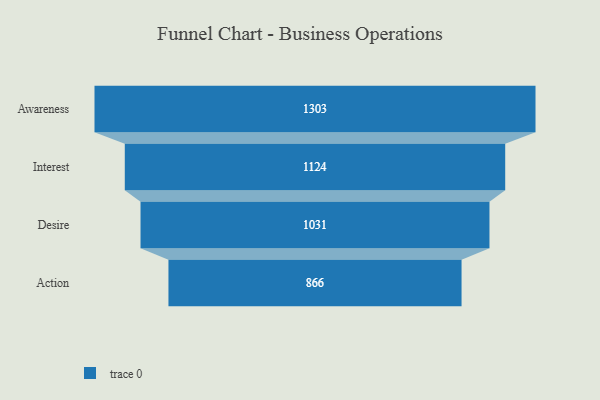
{"axis": {"x": "Stage", "y": "Value"}, "legend": [""], "data": [{"x": "Awareness", "y": 1303.0, "type": ""}, {"x": "Interest", "y": 1124.0, "type": ""}, {"x": "Desire", "y": 1031.0, "type": ""}, {"x": "Action", "y": 866.0, "type": ""}]}